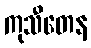
ကုသီတေန